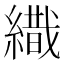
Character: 𦄩